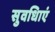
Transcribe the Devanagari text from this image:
सुवधिाएं